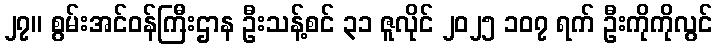
၂၇။ စွမ်းအင်ဝန်ကြီးဌာန ဦးသန့်စင် ၃၁ ဇူလိုင် ၂၀၂၅ ၁၀၇ ရက် ဦးကိုကိုလွင်